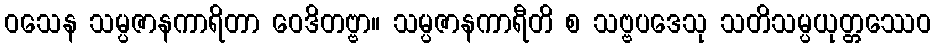
ဝသေန သမ္ပဇာနကာရိတာ ဝေဒိတဗ္ဗာ။ သမ္ပဇာနကာရီတိ စ သဗ္ဗပဒေသု သတိသမ္ပယုတ္တဿေဝ